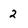
Character: 2